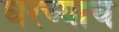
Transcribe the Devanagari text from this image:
घरच्याच